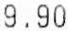
9.90